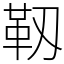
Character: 靱